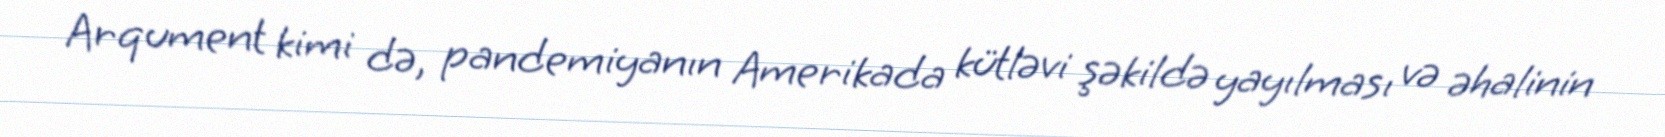
Arqument kimi də, pandemiyanın Amerikada kütləvi şəkildə yayılması və əhalinin